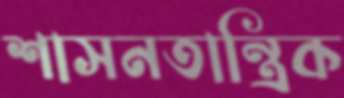
শাসনতান্ত্রিক